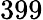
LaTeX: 399